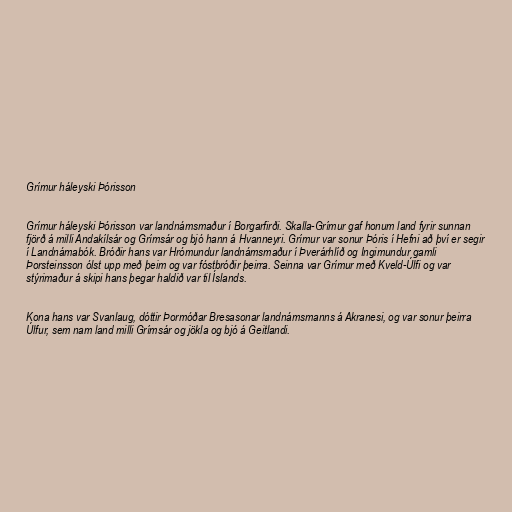
Grímur háleyski Þórisson

Grímur háleyski Þórisson var landnámsmaður í Borgarfirði. Skalla-Grímur gaf honum land fyrir sunnan
fjörð á milli Andakílsár og Grímsár og bjó hann á Hvanneyri. Grímur var sonur Þóris í Hefni að því er segir
í Landnámabók. Bróðir hans var Hrómundur landnámsmaður í Þverárhlíð og Ingimundur gamli
Þorsteinsson ólst upp með þeim og var fóstbróðir þeirra. Seinna var Grímur með Kveld-Úlfi og var
stýrimaður á skipi hans þegar haldið var til Íslands.

Kona hans var Svanlaug, dóttir Þormóðar Bresasonar landnámsmanns á Akranesi, og var sonur þeirra
Úlfur, sem nam land milli Grímsár og jökla og bjó á Geitlandi.